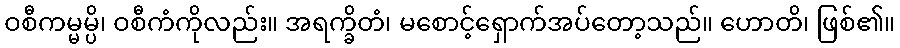
ဝစီကမ္မမ္ပိ၊ ဝစီကံကိုလည်း။ အရက္ခိတံ၊ မစောင့်ရှောက်အပ်တော့သည်။ ဟောတိ၊ ဖြစ်၏။